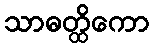
သာဓတ္ထိကော